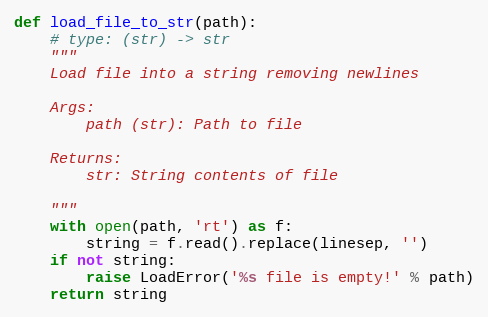
Language: Python
def load_file_to_str(path):
    # type: (str) -> str
    """
    Load file into a string removing newlines

    Args:
        path (str): Path to file

    Returns:
        str: String contents of file

    """
    with open(path, 'rt') as f:
        string = f.read().replace(linesep, '')
    if not string:
        raise LoadError('%s file is empty!' % path)
    return string